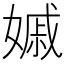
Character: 𡠽